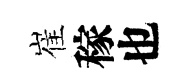
崔稼也